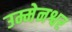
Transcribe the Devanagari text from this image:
उम्मेनश्वर